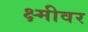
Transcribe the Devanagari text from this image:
क्ष्मीवर